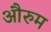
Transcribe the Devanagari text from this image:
औरुम